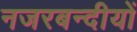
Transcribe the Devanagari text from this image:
नजरबन्दीयों